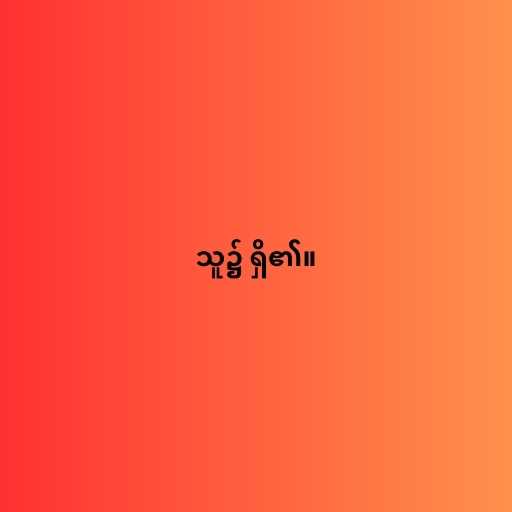
သူ၌ ရှိ၏။